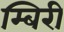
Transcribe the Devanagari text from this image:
म्बिरी